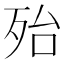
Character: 殆